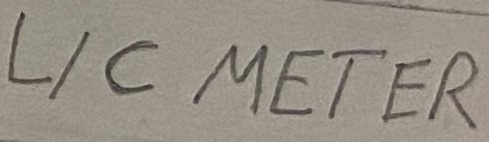
Text: L/C METER